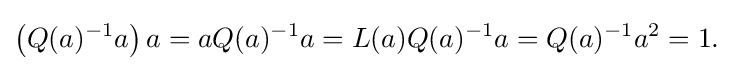
\displaystyle {\left(Q(a)^{-1}a\right)a=aQ(a)^{-1}a=L(a)Q(a)^{-1}a=Q(a)^{-1}a^{2}=1.}